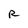
Character: R